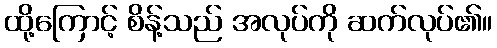
ထို့ကြောင့် စိန့်သည် အလုပ်ကို ဆက်လုပ်၏။